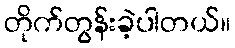
တိုက်တွန်းခဲ့ပါတယ်။